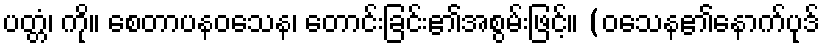
ပတ္တံ၊ ကို။ စေတာပနဝသေန၊ တောင်းခြင်း၏အစွမ်းဖြင့်။ (ဝသေန၏နောက်ပုဒ်